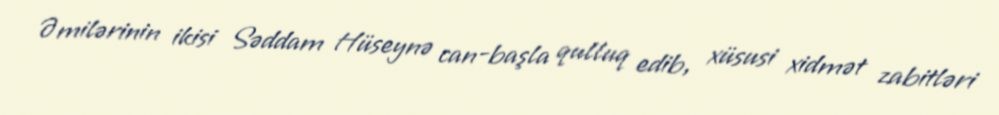
Əmilərinin ikisi Səddam Hüseynə can-başla qulluq edib, xüsusi xidmət zabitləri